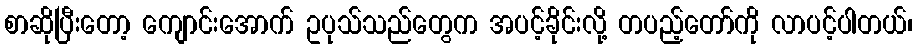
စာဆိုပြီးတော့ ကျောင်းအောက် ဥပုသ်သည်တွေက အပင့်ခိုင်းလို့ တပည့်တော်ကို လာပင့်ပါတယ်၊